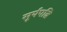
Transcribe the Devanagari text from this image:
सूर्यपत्नि